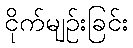
ငိုက်မျဉ်းခြင်း